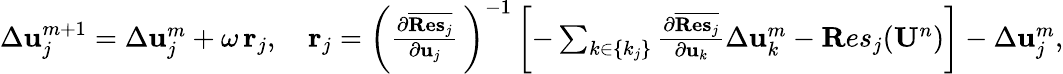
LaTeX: \begin{array}{r}{\Delta{\mathbf u}_{j}^{m+1}=\Delta{\mathbf u}_{j}^{m}+\omega\, {\mathbf r}_{j},\quad{\mathbf r}_{j}=\left(\frac{\partial\overline{{{\mathbf{Res}}_{j}}}}{\partial{\mathbf u}_{j}}\, \right)^{-1}\left[-\sum_{k\in\{ k_{j}\} }\frac{\partial\overline{{{\mathbf{Res}}_{j}}}}{\partial{\mathbf u}_{k}}\Delta{\mathbf u}_{k}^{m}-{\mathbf Res}_{j}({\mathbf U}^{n})\right]-\Delta{\mathbf u}_{j}^{m},}\end{array}